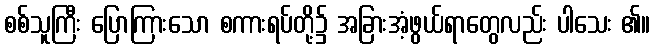
စစ်သူကြီး ပြောကြားသော စကားရပ်တို့၌ အခြားအံ့ဖွယ်ရာတွေလည်း ပါသေး ၏။